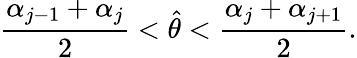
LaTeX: {\frac{\alpha_{j-1}+\alpha_{j}}{2}}<\hat{\theta}<{\frac{\alpha_{j}+\alpha_{j+1}}{2}}.